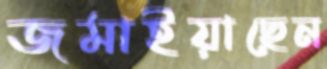
জমাইয়াছেন